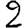
Digit: 2